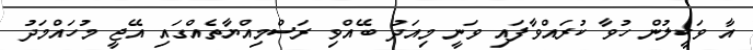
އާ ވަކީލުން ހުވާ ކުރައްވާފައި ވަނީ މިއަދު ބޭއްވި ރަސްމިއްޔާތެއްގައި އޭޖީ މުހައްމަދު